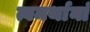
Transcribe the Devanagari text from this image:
त्वमर्थानां